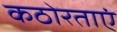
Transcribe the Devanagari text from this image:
कठोरताएं